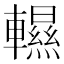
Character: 𨏌